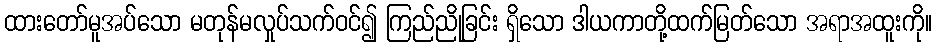
ထားတော်မူအပ်သော မတုန်မလှုပ်သက်ဝင်၍ ကြည်ညိုခြင်း ရှိသော ဒါယကာတို့ထက်မြတ်သော အရာအထူးကို။